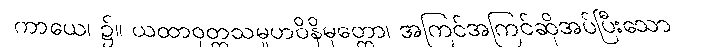
ကာယေ၊ ၌။ ယထာဝုတ္တသမူဟဝိနိမုတ္တော၊ အကြင်အကြင်ဆိုအပ်ပြီးသော